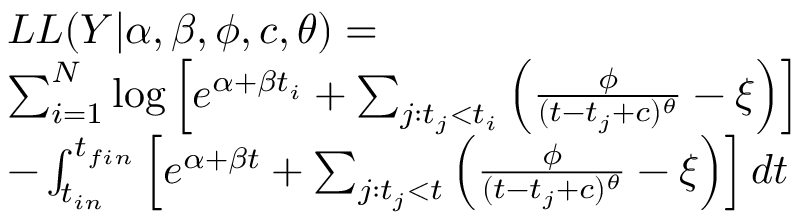
\begin{array} { r l } & { L L ( Y | \alpha , \beta , \phi , c , \theta ) = } \\ & { \sum _ { i = 1 } ^ { N } \log \left[ e ^ { \alpha + \beta t _ { i } } + \sum _ { j : t _ { j } < t _ { i } } \left( \frac { \phi } { ( t - t _ { j } + c ) ^ { \theta } } - \xi \right) \right] } \\ & { - \int _ { t _ { i n } } ^ { t _ { f i n } } \left[ e ^ { \alpha + \beta t } + \sum _ { j : t _ { j } < t } \left( \frac { \phi } { ( t - t _ { j } + c ) ^ { \theta } } - \xi \right) \right] d t } \end{array}